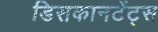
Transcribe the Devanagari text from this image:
डिसकानटेंट्स